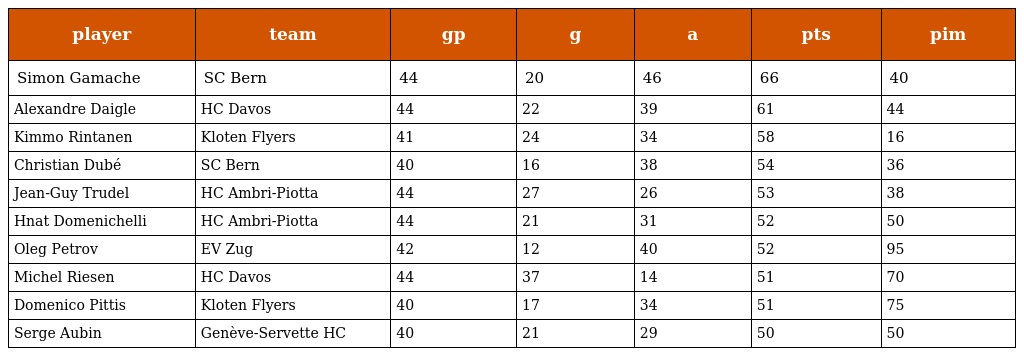
| player | team | gp | g | a | pts | pim |
 | --- | --- | --- | --- | --- | --- | --- |
 | Simon Gamache | SC Bern | 44 | 20 | 46 | 66 | 40 |
 | Alexandre Daigle | HC Davos | 44 | 22 | 39 | 61 | 44 |
 | Kimmo Rintanen | Kloten Flyers | 41 | 24 | 34 | 58 | 16 |
 | Christian Dubé | SC Bern | 40 | 16 | 38 | 54 | 36 |
 | Jean-Guy Trudel | HC Ambri-Piotta | 44 | 27 | 26 | 53 | 38 |
 | Hnat Domenichelli | HC Ambri-Piotta | 44 | 21 | 31 | 52 | 50 |
 | Oleg Petrov | EV Zug | 42 | 12 | 40 | 52 | 95 |
 | Michel Riesen | HC Davos | 44 | 37 | 14 | 51 | 70 |
 | Domenico Pittis | Kloten Flyers | 40 | 17 | 34 | 51 | 75 |
 | Serge Aubin | Genève-Servette HC | 40 | 21 | 29 | 50 | 50 |